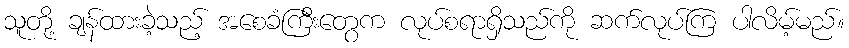
သူတို့ ချန်ထားခဲ့သည့် အစေခံကြီးတွေက လုပ်စရာရှိသည်ကို ဆက်လုပ်ကြ ပါလိမ့်မည်။